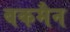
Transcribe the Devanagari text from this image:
बकमैन